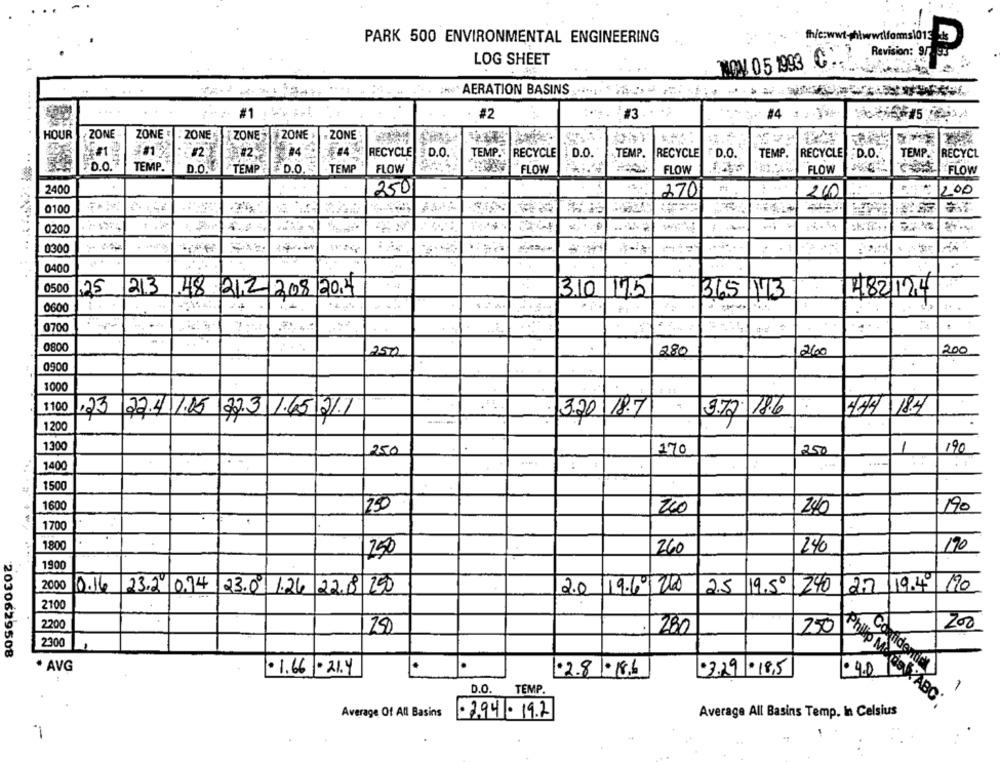
PARK 500 ENVIRONMENTAL ENGINEERING
th/c:wwt-hlww.ilfoms101
LOG SHEET
MOV 05 1993 C:
Revision: 97 35
AERATION BASINS
#1
#3
#4 1 ;**
#2
HOUR
ZONE
ZONE
: ZONE
ZONE " ZONE
. ZONE
#2
#4
RECYCLE
D.O
TEMP. RECYCLE
RECYCLE
: D.O.
D.O
TEMP.
TEMP.
RECYCLE D.O.
TEMP.
TEMP. RECYCL
D.O.
TEMP.
D.O.
TEMP
FLOW
TEMP: D.O.
FLOW
FLOW
FLOW
FLOW
2400
250
200
2701
200
0100
0200
-
0300
0400
0500
213
,25
48 212 208 204
310 175
365 1/3
482124
0600
-.
0700
0800
.
280
200
250
260
0900
1000
RS
1100
3.20 18.7
444 18.4
23 22.41.05 22.3 1.65 211
------
1200
1300
250
1
190
250
170
..
1
1400
1500
1600
250
260
240
190
1700
1800
260
240
170
250
1900
2000
23.2 074
240 27 19.4 190
0.16
23.0 1.26 22.8 250
2.0 19.60 210 25 19.50 240
2.0
19.69/200
2.5 19.50
2100
2200
200
280
250
230
2030629508
Confidenti
* AVG
. 1.66 - 21.4
.
-3.29 · 18,5
1.90
·2.8 -18.6
D.O.
TEMP.
Philip Morda ABC.
Average Of All Basins
-2.94 . 19.2
Average All Basins Temp. In Celsius